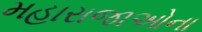
મહારાજાઓના